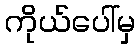
ကိုယ်ပေါ်မှ